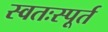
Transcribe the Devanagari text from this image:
स्वतःस्पूर्त